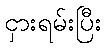
ငှားရမ်းပြီး